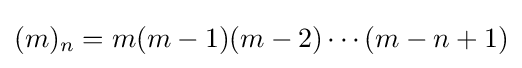
(m)_{n}=m(m-1)(m-2)\cdots (m-n+1)